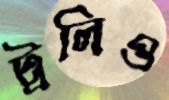
ট্রলিও